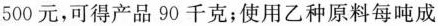
500元，可得产品90千克；使用乙种原料每吨成